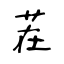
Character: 茬